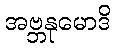
အဗ္ဘနုမောဒိ